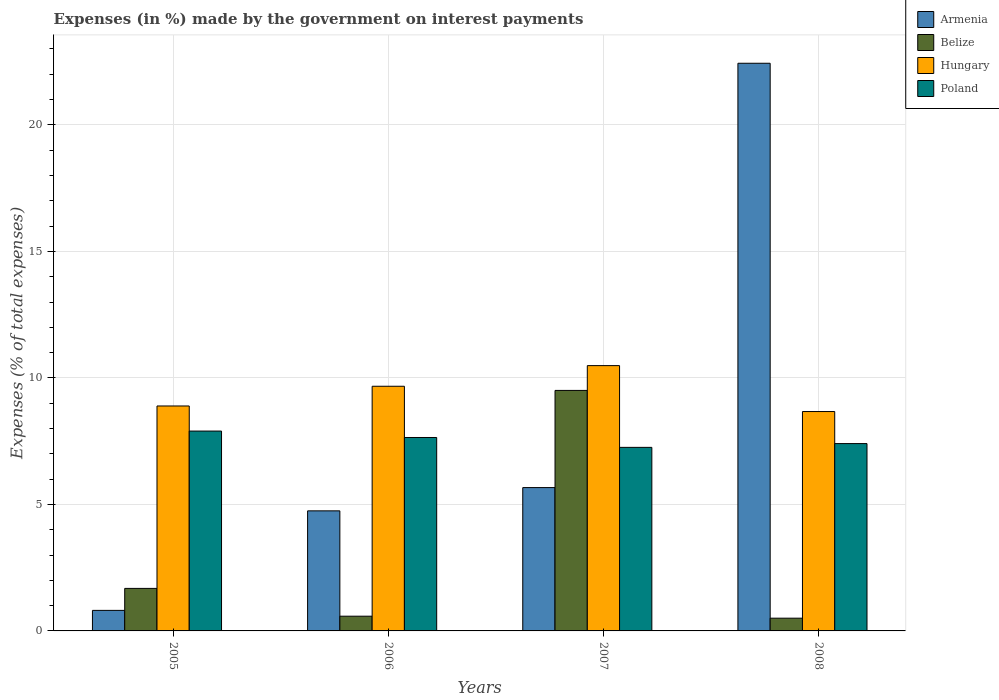
| Years | Armenia | Belize | Hungary | Poland |
 | --- | --- | --- | --- | --- |
 | 2005 | 0.812 | 1.68 | 8.89 | 7.9 |
 | 2006 | 4.75 | 0.582 | 9.67 | 7.64 |
 | 2007 | 5.66 | 9.51 | 10.5 | 7.26 |
 | 2008 | 22.4 | 0.503 | 8.67 | 7.4 |